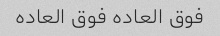
فوق العاده فوق العاده